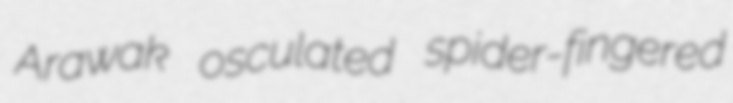
Arawak osculated spider-fingered